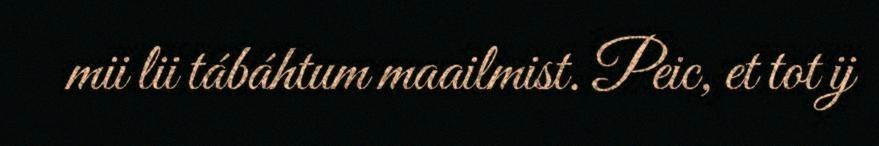
mii lii tábáhtum maailmist. Peic, et tot ij